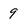
Character: 9